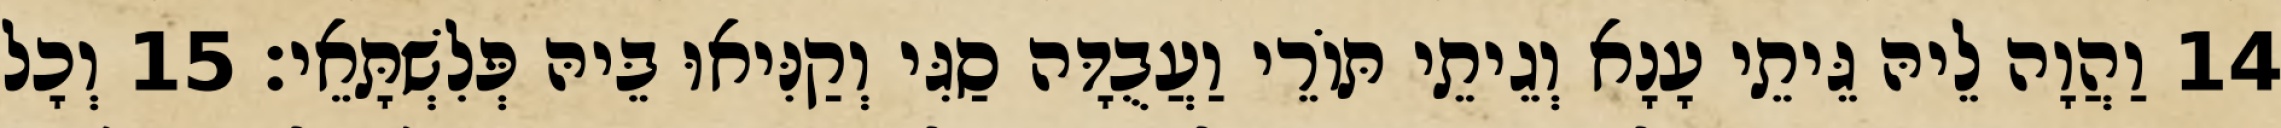
14 וַהֲוָה לֵיהּ גֵּיתֵי עָנָא וְגֵיתֵי תּוֹרֵי וַעֲבֻדָּה סַגִּי וְקַנִּיאוּ בֵּיהּ פְּלִשְׁתָּאֵי׃ 15 וְכָל